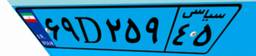
۶۹D۲۵۹۴۵